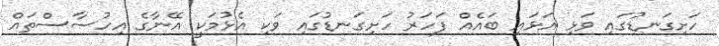
ހަށިގަނޑުގައި ވަޅި އަޅައި ބައެއް ފަހަރު ހަށިގަނޑުގައި ވަކި އެޅުމަކީ އޭނާގެ އިހުސާސްތައް